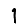
Digit: 1